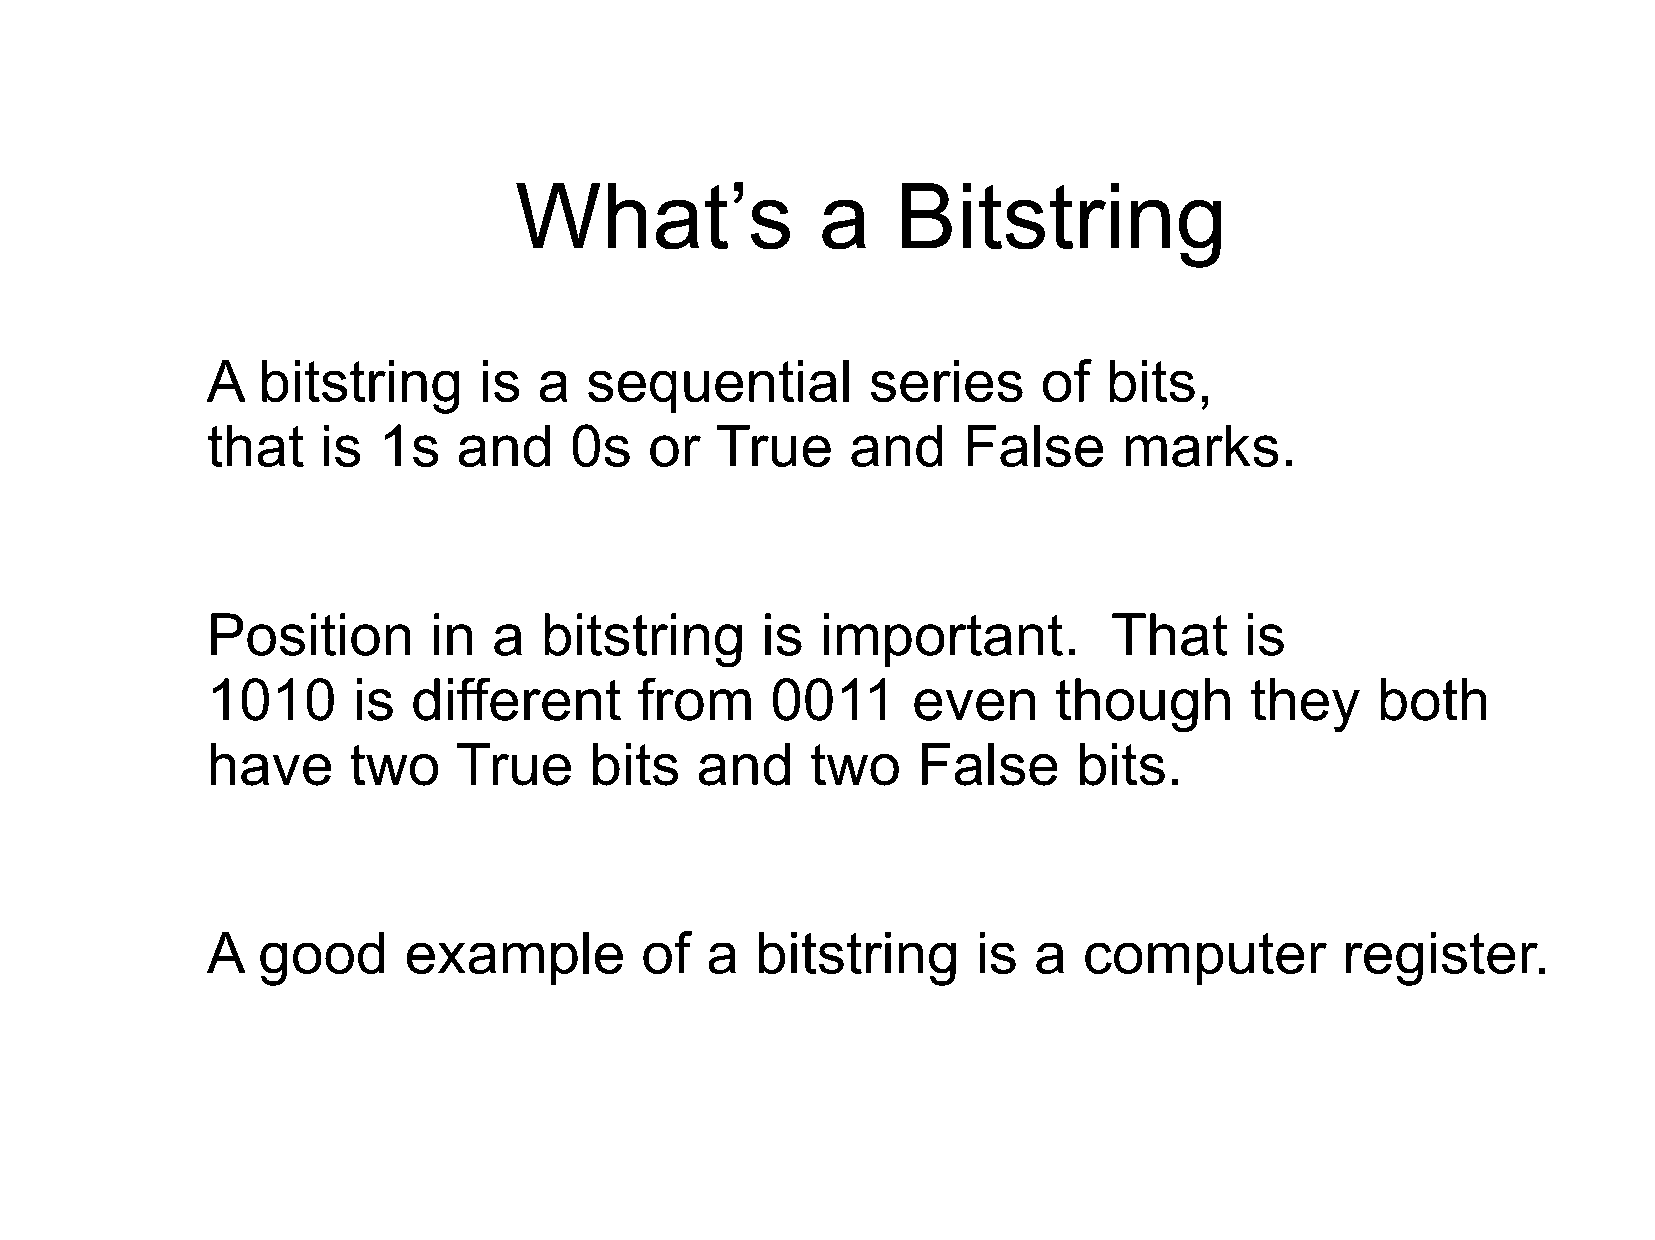
What’s              a    Bitstring
 A  bitstring      is  a  sequential        series      of  bits,
 that   is  1s   and     0s   or  True     and     False     marks.
 Position      in   a  bitstring     is  important.          That    is
 1010     is  different      from     0011     even      though       they    both
 have     two    True     bits   and     two    False     bits.
 A  good      example        of   a  bitstring      is a   computer         register.